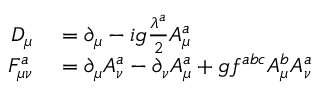
\begin{array} { r l } { D _ { \mu } } & { { } = \partial _ { \mu } - i g \frac { \lambda ^ { a } } { 2 } A _ { \mu } ^ { a } } \\ { F _ { \mu \nu } ^ { a } } & { { } = \partial _ { \mu } A _ { \nu } ^ { a } - \partial _ { \nu } A _ { \mu } ^ { a } + g f ^ { a b c } A _ { \mu } ^ { b } A _ { \nu } ^ { a } } \end{array}